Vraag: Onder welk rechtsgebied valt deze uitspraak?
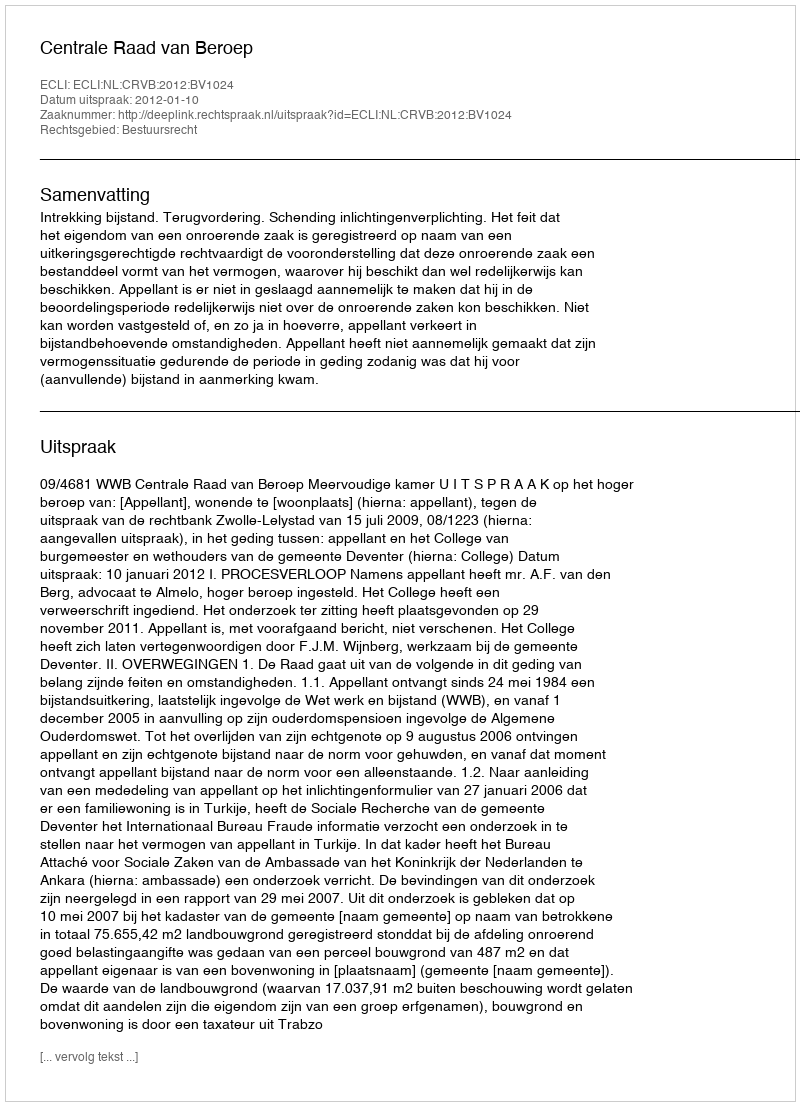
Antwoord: Bestuursrecht